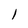
Character: l